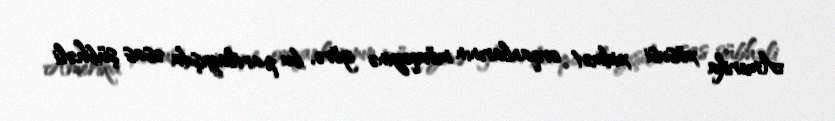
Amerika xüsusi xidmət orqanlarının mövqeyinə görə, bu partlayışda əsas şübhəli